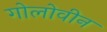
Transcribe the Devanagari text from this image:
गोलोवीन